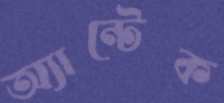
অ্যান্টেক